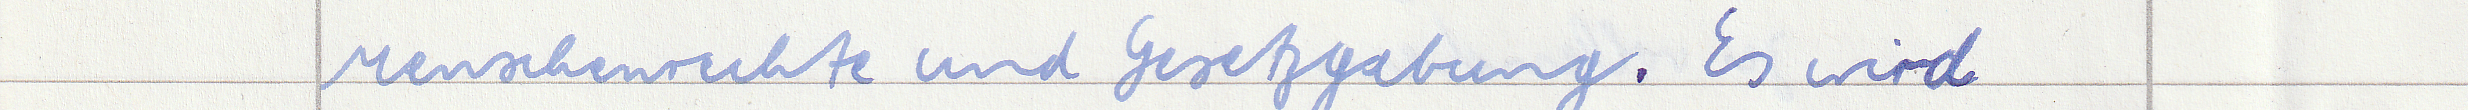
Menschenrechte und Gesetzgebung. Es wird